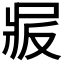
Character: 𠭝